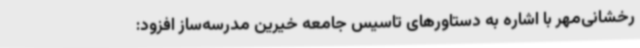
رخشانی‌مهر با اشاره به دستاورهای تاسیس جامعه خیرین مدرسه‌ساز افزود: